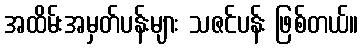
အထိမ်းအမှတ်ပန်းများ သဇင်ပန်း ဖြစ်တယ်။